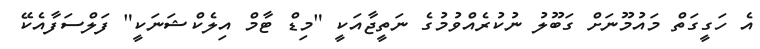
އެ ހަގީގަތް މައުމޫނަށް ގަބޫލު ނުކުރެއްވުމުގެ ނަތީޖާއަކީ "މިޑް ޓާމް އިލެކްޝަނަކީ" ފަލްސަފާއެކޭ